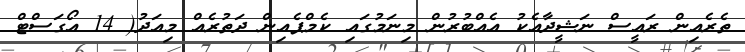
ތެރެއިން ރައީސް ނަޝީދާއެކު އެއްބުރުން މިނަމުގައި ކެމްޕެއިން ދަތުރެއް މިއަދު( 14 އޯގަސްޓް